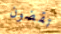
تقضون